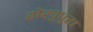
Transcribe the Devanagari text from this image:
शेख़ुपुरा